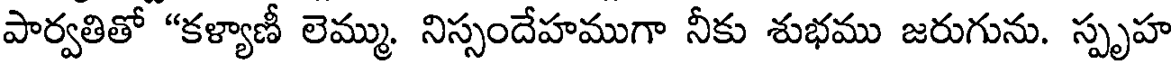
పార్వతితో "కళ్యాణీ లెమ్ము. నిస్సందేహముగా నీకు శుభము జరుగును. స్పృహ